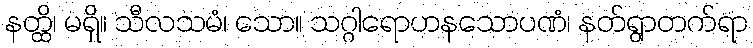
နတ္ထိ၊ မရှိ။ သီလသမံ၊ သော။ သဂ္ဂါရောဟနသောပဏံ၊ နတ်ရွာတက်ရာ